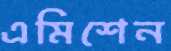
এমিশেন